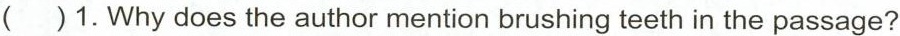
( )1.Why does the author mention brushing teeth in the passage?